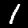
Digit: 1